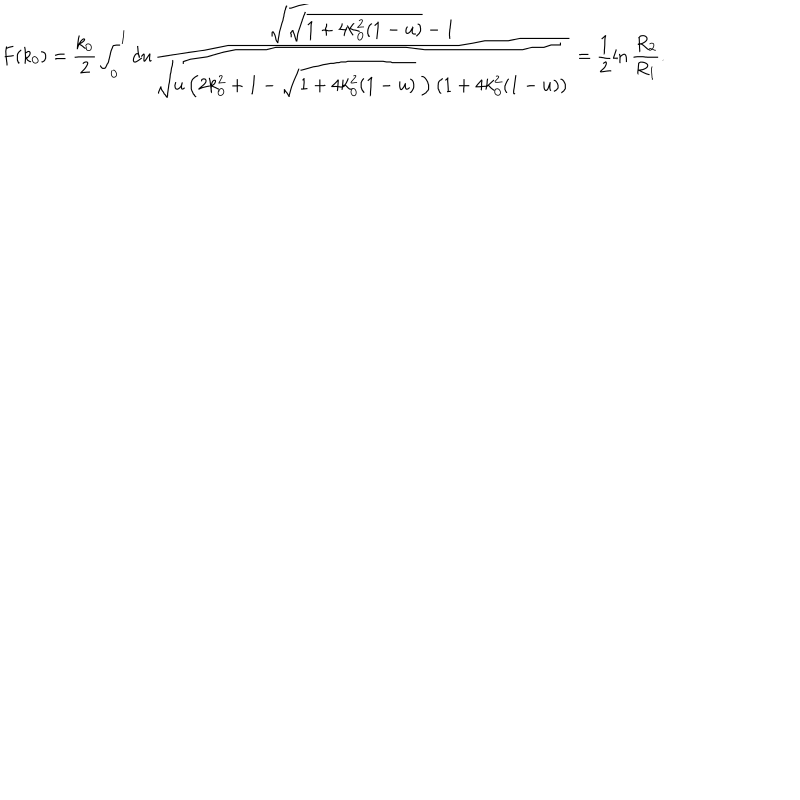
F ( k _ { 0 } ) = \frac { k _ { 0 } } { 2 } \int _ { 0 } ^ { 1 } d u \frac { \sqrt { \sqrt { 1 + 4 k _ { 0 } ^ { 2 } ( 1 - u ) } - 1 } } { \sqrt { u \left( 2 k _ { 0 } ^ { 2 } + 1 - \sqrt { 1 + 4 k _ { 0 } ^ { 2 } ( 1 - u ) } ~ \right) \left( 1 + 4 k _ { 0 } ^ { 2 } ( 1 - u ) \right) } } = \frac { 1 } { 2 } \ln \frac { R _ { 2 } } { R _ { 1 } } .